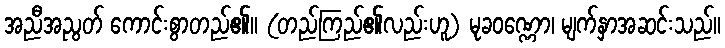
အညီအညွတ် ကောင်းစွာတည်၏။ (တည်ကြည်၏လည်းဟူ) မုခဝဏ္ဏော၊ မျက်နှာအဆင်းသည်။